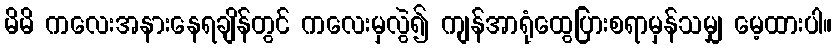
မိမိ ကလေးအနားနေရချိန်တွင် ကလေးမှလွဲ၍ ကျန်အာရုံထွေပြားစရာမှန်သမျှ မေ့ထားပါ။